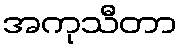
အကုသီတာ